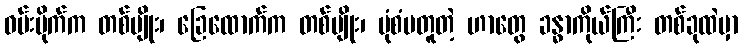
ဝမ်းဗိုက်က တစ်မျိုး၊ ခြေထောက်က တစ်မျိုး၊ ပုံစံမတူတဲ့ ဟာတွေ ခန္ဓာကိုယ်ကြီး တစ်ခုထဲမှာ